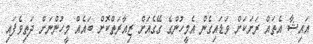
އައިޝާ އެތައް ރަށަކަށް ވަޑައިގެން އެމީހުންގެ ގޭގެއަށް ޒިއާރަތްކޮށް ބައެއް މީހުންނަށް ދަތިވެފައި